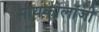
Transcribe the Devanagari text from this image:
मायकोलॉजी